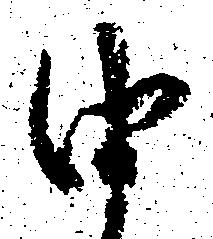
由